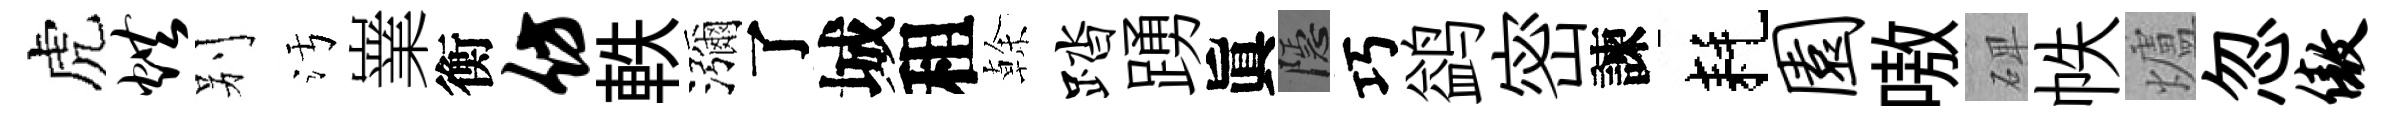
虎烘别污嶪衡仿軼瀰了城租𠏉踏踴眞隱巧鹢密諫耗园嗷𥓓帙爐忽傲